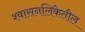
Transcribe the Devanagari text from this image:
श्वासनलिकेतील